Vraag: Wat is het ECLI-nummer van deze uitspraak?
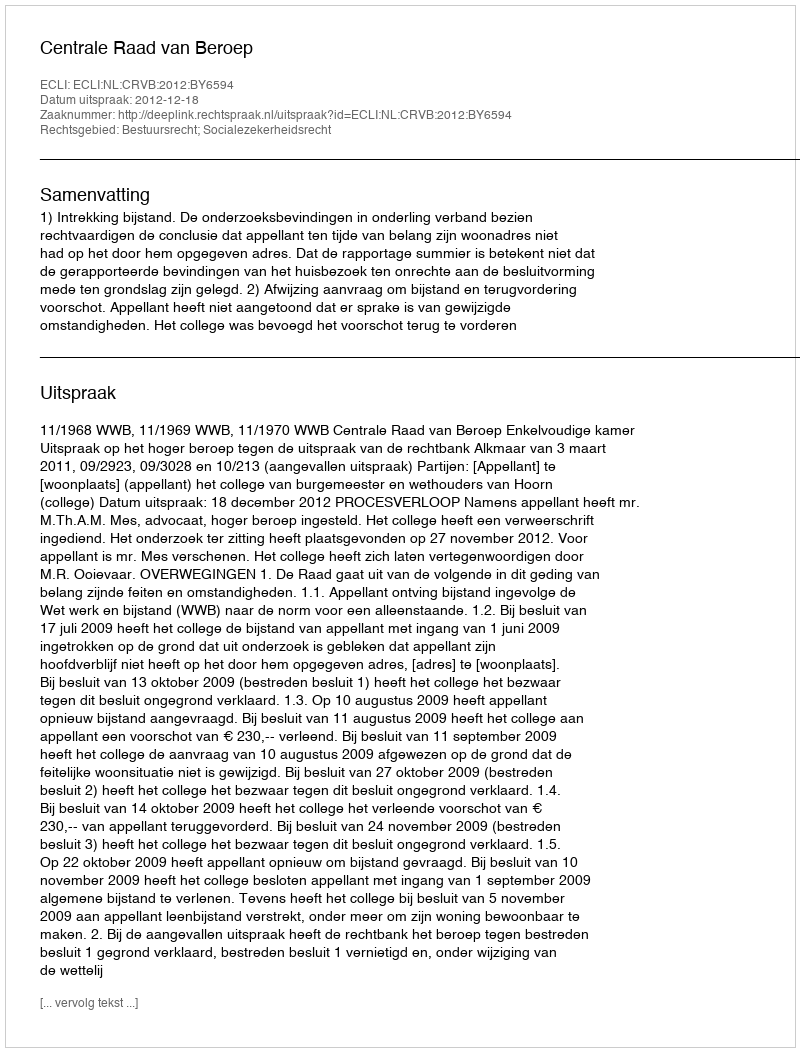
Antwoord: ECLI:NL:CRVB:2012:BY6594